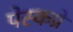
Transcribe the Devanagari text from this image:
पेस्कप्रे